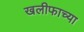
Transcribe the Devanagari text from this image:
खलीफाच्या